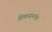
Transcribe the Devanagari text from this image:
विकासनशील